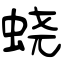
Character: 蛲